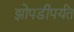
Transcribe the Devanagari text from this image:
झोपडीपर्यंत